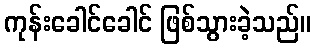
ကုန်းခေါင်ခေါင် ဖြစ်သွားခဲ့သည်။